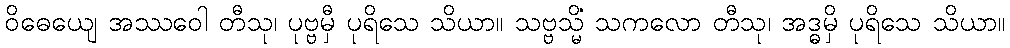
ဝိဓေယျေ အဿဝေါ တီသု၊ ပုဗ္ဗမှီ ပုရိသေ သိယာ။ သဗ္ဗသ္မိံ သကလော တီသု၊ အဒ္ဓမှိ ပုရိသေ သိယာ။